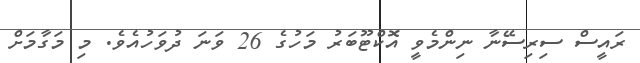
ރައީސް ސިރިސޭނާ ނިންމެވީ އޮކްޓޫބަރު މަހުގެ 26 ވަނަ ދުވަހުއެވެ. މި މަގާމަށް